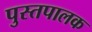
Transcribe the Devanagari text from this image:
पुस्तपालक